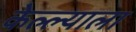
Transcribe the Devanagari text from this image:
केल्ल्याला